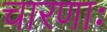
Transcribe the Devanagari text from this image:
चारणाः